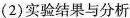
(2)实验结果与分析